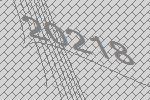
20218